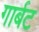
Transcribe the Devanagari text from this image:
गार्बट